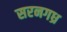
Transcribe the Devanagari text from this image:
सरनगध्र